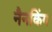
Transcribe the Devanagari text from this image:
नैनकिंग